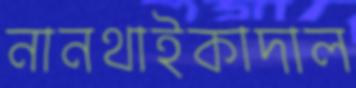
নানথাইকাদাল